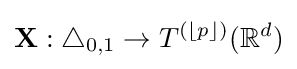
\mathbf {X} :\triangle _{0,1}\rightarrow T^{(\lfloor p\rfloor )}(\mathbb {R} ^{d})